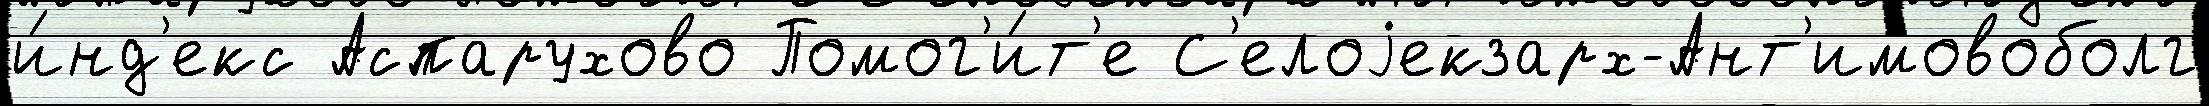
и́нд'екс Аспарухово Помог'и́т'е С'елоjекзарх-Ант'имовоболг